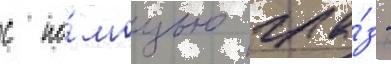
с по́мощью гла́з -